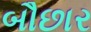
બૌછાર